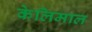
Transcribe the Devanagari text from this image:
केलिमाल